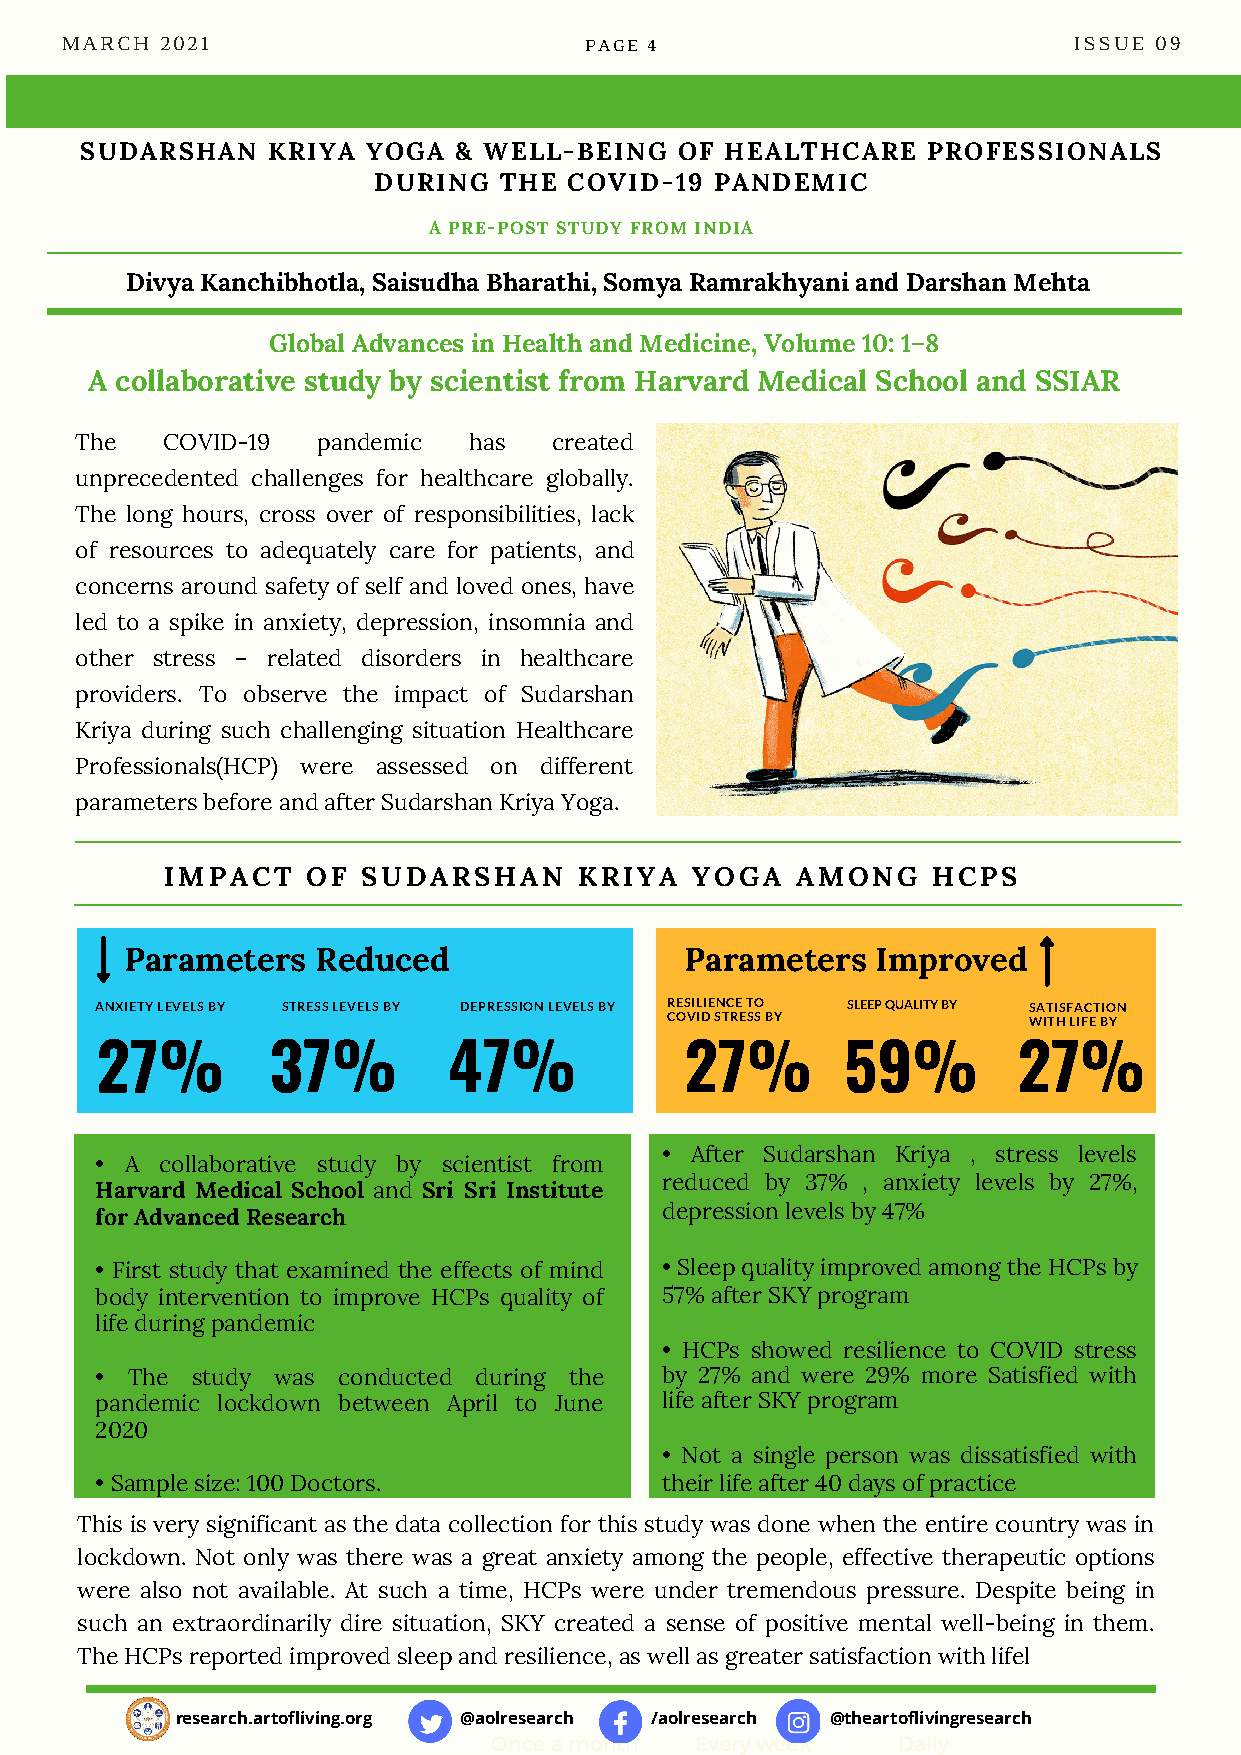
SLEEP QUALITY BY
 MARCH  2021                        PAGE 4                          ISSUE 09
 SUDARSHAN    KRIYA YOGA  & WELL-BEING   OF HEALTHCARE   PROFESSIONALS
 DURING  THE  COVID-19 PANDEMIC
 A PRE-POST STUDY FROM INDIA
 Divya Kanchibhotla, Saisudha Bharathi, Somya Ramrakhyani and Darshan Mehta
 Global Advances in Health and Medicine, Volume 10: 1–8
 A collaborative study by scientist from Harvard Medical School and SSIAR
 The   COVID-19  pandemic  has   created
 unprecedented challenges for healthcare globally.
 The long hours, cross over of responsibilities, lack
 of resources to adequately care for patients, and
 concerns around safety of self and loved ones, have
 led to a spike in anxiety, depression, insomnia and
 other stress – related disorders in healthcare
 providers. To observe the impact of Sudarshan
 Kriya during such challenging situation Healthcare
 Professionals(HCP) were assessed on different
 parameters before and after Sudarshan Kriya Yoga.
 IMPACT   OF  SUDARSHAN     KRIYA   YOGA   AMONG    HCPS
 Parameters   Reduced                 Parameters   Improved
 ANXIETY LEVELS BY STRESS LEVELS BY DEPRESSION LEVELS BY RESILIENCE TO SLEEP QUALITY BY SATISFACTION
 COVID STRESS BY         WITH LIFE BY
 27%         37%         47%            27%        59%        27%
 • After Sudarshan Kriya , stress levels
 • A  collaborative study by scientist from
 reduced by 37% , anxiety levels by 27%,
 Harvard Medical School and Sri Sri Institute
 depression levels by 47%
 for Advanced Research
 • First study that examined the effects of mind • Sleep quality improved among the HCPs by
 body intervention to improve HCPs quality of 57% after SKY program
 life during pandemic
 • HCPs showed resilience to COVID stress
 • The  study was conducted during the by 27% and were 29% more Satisfied with
 pandemic lockdown between April to June life after SKY program
 2020
 • Not a single person was dissatisfied with
 • Sample size: 100 Doctors.           their life after 40 days of practice
 This is very significant as the data collection for this study was done when the entire country was in
 lockdown. Not only was there was a great anxiety among the people, effective therapeutic options
 were also not available. At such a time, HCPs were under tremendous pressure. Despite being in
 such an extraordinarily dire situation, SKY created a sense of positive mental well-being in them.
 The HCPs reported improved sleep and resilience, as well as greater satisfaction with lifel
 research.artofliving.org @aolresearch /aolresearch @theartoflivingresearch
 Once a month Every week   Daily